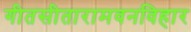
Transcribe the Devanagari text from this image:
गीतसीतारामवनविहार